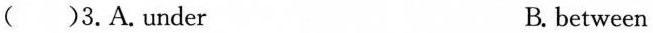
( )3.A.under B. between